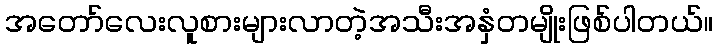
အတော်လေးလူစားများလာတဲ့အသီးအနှံတမျိုးဖြစ်ပါတယ်။